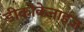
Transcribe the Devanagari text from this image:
डीकोकेनाइज़